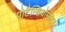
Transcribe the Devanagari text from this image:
पोटैन्शियोमीटर